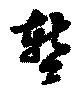
暫